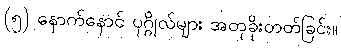
(၅) နောက်နောင် ပုဂ္ဂိုလ်များ အတုခိုးတတ်ခြင်း။